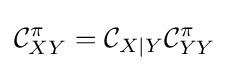
{\mathcal {C}}_{XY}^{\pi }={\mathcal {C}}_{X\mid Y}{\mathcal {C}}_{YY}^{\pi }